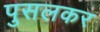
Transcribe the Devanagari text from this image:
पुसलकर